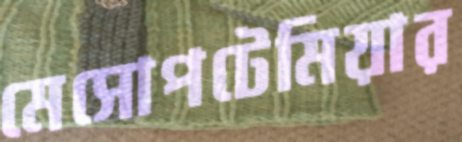
মেসোপটেমিয়ার